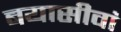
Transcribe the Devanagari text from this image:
बयासीवां